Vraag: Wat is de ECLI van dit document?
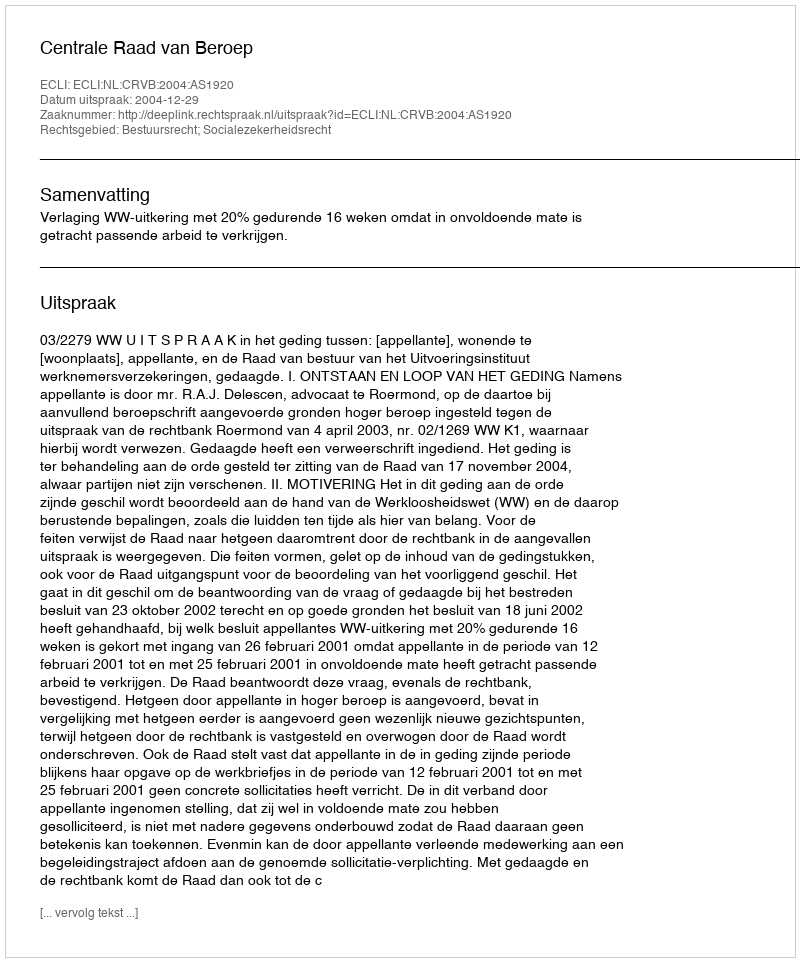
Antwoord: ECLI:NL:CRVB:2004:AS1920